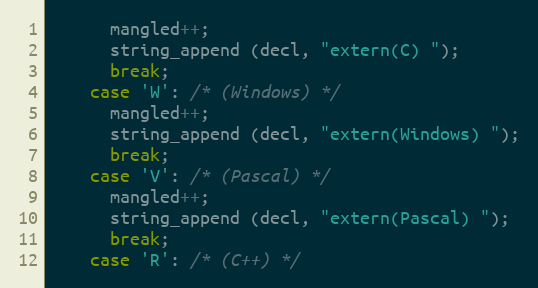
Language: C
      mangled++;
      string_append (decl, "extern(C) ");
      break;
    case 'W': /* (Windows) */
      mangled++;
      string_append (decl, "extern(Windows) ");
      break;
    case 'V': /* (Pascal) */
      mangled++;
      string_append (decl, "extern(Pascal) ");
      break;
    case 'R': /* (C++) */